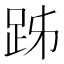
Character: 𧿲